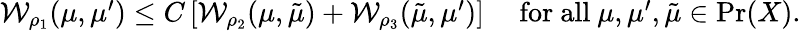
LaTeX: \begin{array}{r}{\mathcal{W}_{\rho_{1}}(\mu,\mu^{\prime})\leq C\left[\mathcal{W}_{\rho_{2}}(\mu,\tilde{\mu})+\mathcal{W}_{\rho_{3}}(\tilde{\mu},\mu^{\prime})\right]\quad\mathrm{~for~all~}\mu,\mu^{\prime},\tilde{\mu}\in\operatorname*{Pr}(X).}\end{array}